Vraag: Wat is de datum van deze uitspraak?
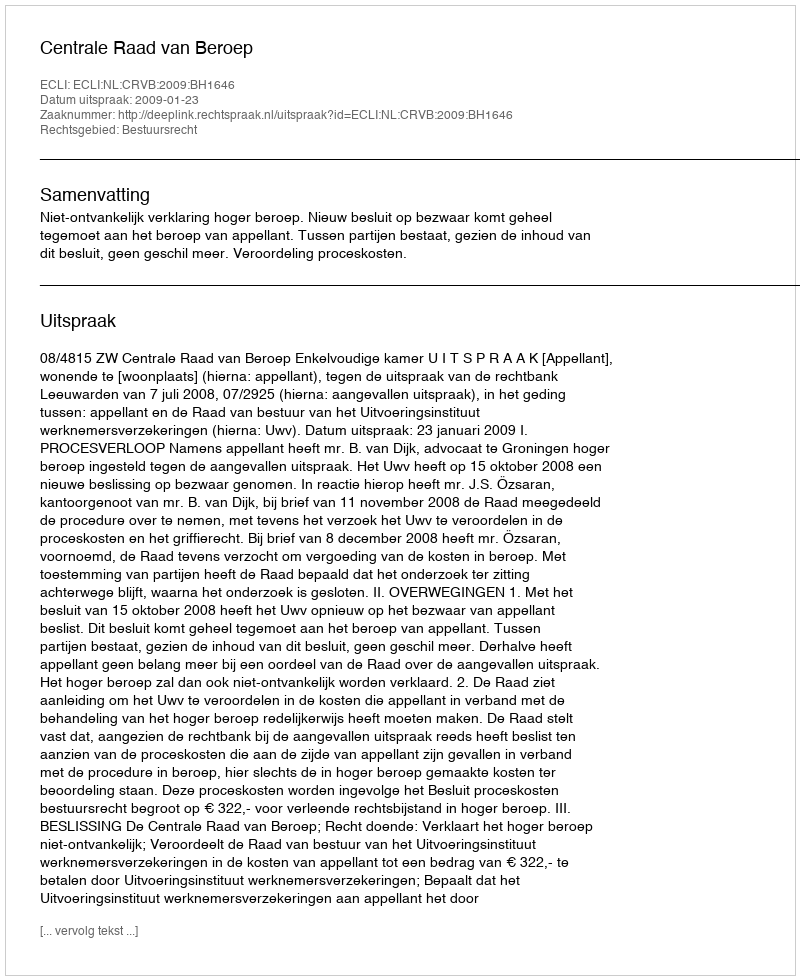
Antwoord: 2009-01-23